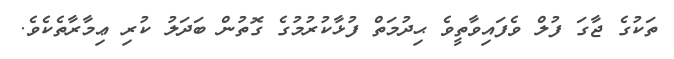
ތަކުގެ ޖާގަ ފުލް ވެފައިވާތީވެ ޙިދުމަތް ފުޅާކުރުމުގެ ގޮތުން ބަދަލު ކުރި ޢިމާރާތެކެވެ.